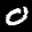
Label: 0